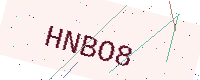
Text: HNBO8